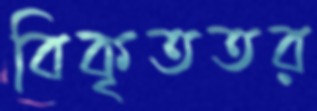
বিকৃততর